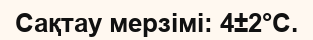
Сақтау мерзімі: 4±2°С.